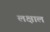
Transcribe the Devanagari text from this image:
लक्षाल